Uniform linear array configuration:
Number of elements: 4
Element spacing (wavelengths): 0.25
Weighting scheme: hann
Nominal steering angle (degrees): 0
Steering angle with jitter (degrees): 0.4045
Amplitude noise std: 0.05
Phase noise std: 0.05

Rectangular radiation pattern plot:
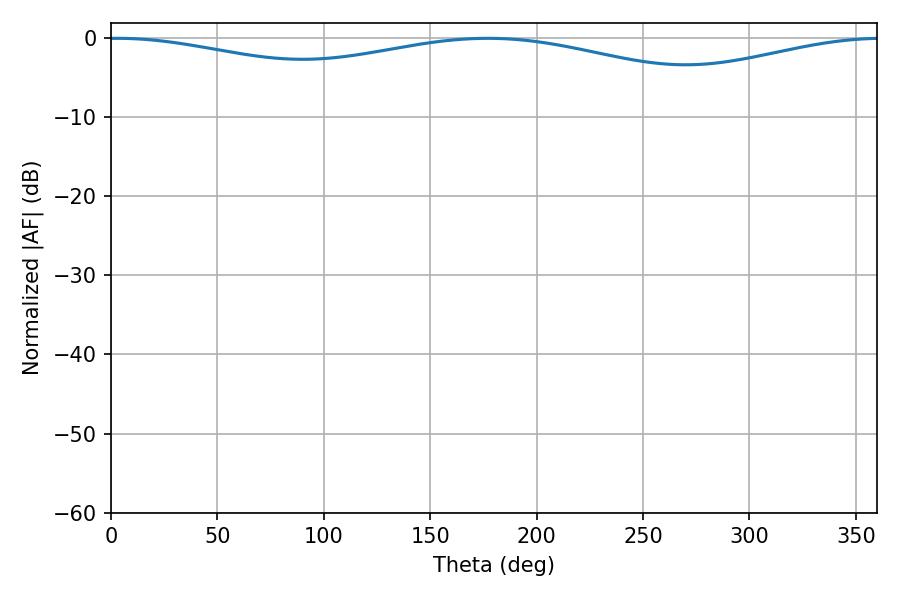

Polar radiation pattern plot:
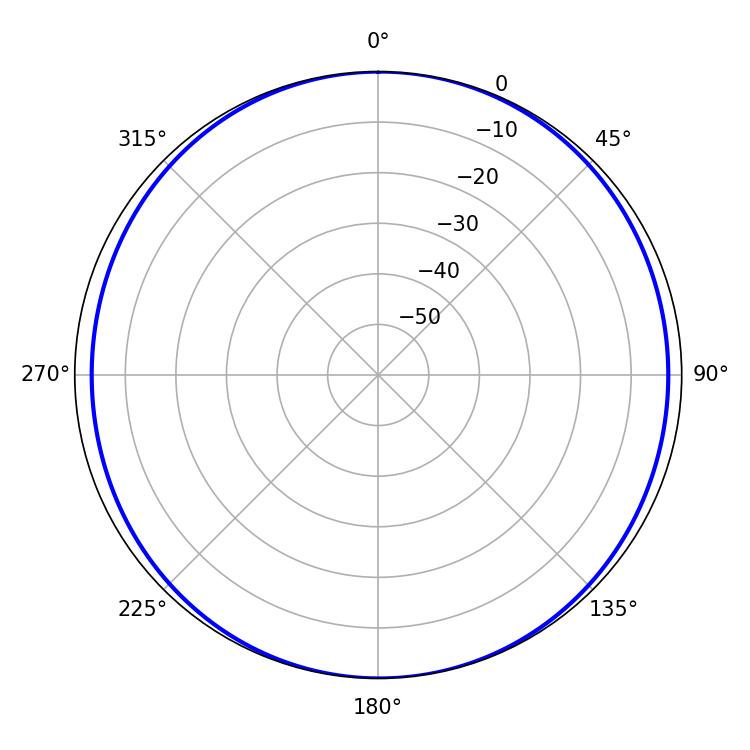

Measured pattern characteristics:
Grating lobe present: FALSE
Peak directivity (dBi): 11.466
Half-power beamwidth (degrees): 252
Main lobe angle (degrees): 2.88